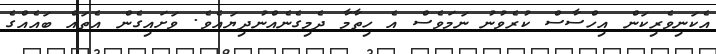
އެކަނިވެރިކަން އިހްސާސް ކުރެވުނު ނަމަވެސް އެ ހިތާމާ ދެމިގެނެއްނުދިޔައެވެ. ވަށައިގެން އެތައް ބައެއްގެ